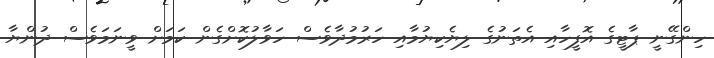
ހިންގޭނީ ޕާޓީގެ އޮފީހާއި އެތަނުގެ ލިޔެކިޔުމާއި ހަރުމުދާވެސް ހަވާލުކޮށްގެން ކަމަށް ވީނަމަވެސް ދުންޔާ